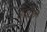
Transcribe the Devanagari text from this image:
गाधींजी